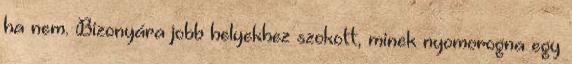
ha nem. Bizonyára jobb helyekhez szokott, minek nyomorogna egy